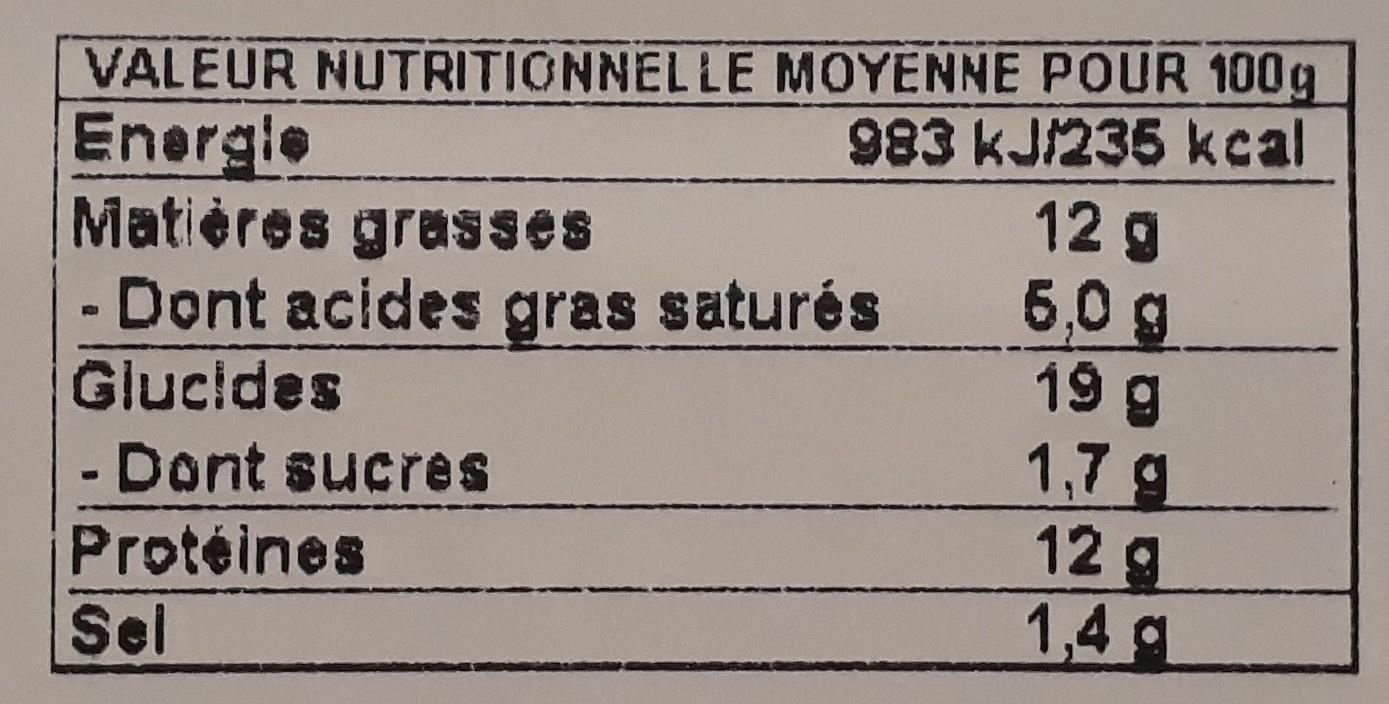
VALEUR NUTRITIONNELLE MOYENNE POUR 100g 983 kJ/235 kcal 12 g 5,0 g 19 g 1,7 g 12 g 1,4 g Energle Matières grasses - Dont acides gras saturés Glucides - Dont sucres Protéines Sel